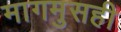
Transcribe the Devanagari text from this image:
मागमुसही